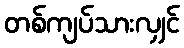
တစ်ကျပ်သားလျှင်